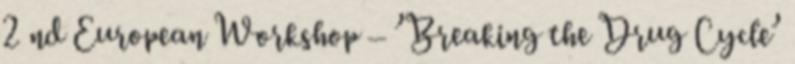
2 nd European Workshop – ’Breaking the Drug Cycle’